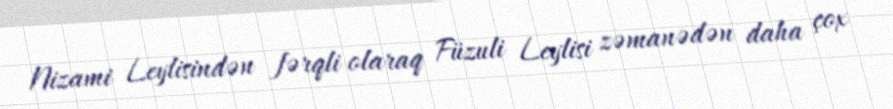
Nizami Leylisindən fərqli olaraq Füzuli Leylisi zəmanədən daha çox